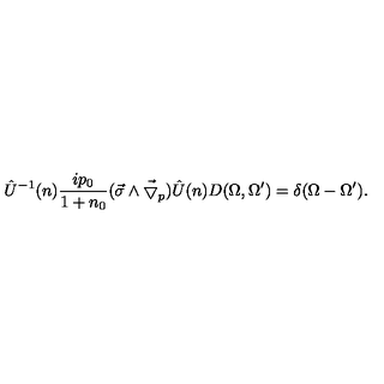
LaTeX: \hat { U } ^ { - 1 } ( n ) \frac { i p _ { 0 } } { 1 + n _ { 0 } } ( \vec { \sigma } \wedge \vec { \bigtriangledown } _ { p } ) \hat { U } ( n ) D ( \Omega , \Omega ^ { \prime } ) = \delta ( \Omega - \Omega ^ { \prime } ) .